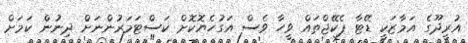
އުރީދޫގެ އަމާޒަކީ ޑޭޓާ ޕެކޭޖްތައް ވީހާ ވެސް އަގުހެޔޮކޮށް ކަސްޓަމަރުންނަށް ދިނުން ކަމަށް